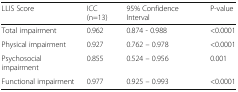
| LLIS Score | ICC (n=13) | 95% Confidence Interval | P-value |
 | --- | --- | --- | --- |
 | Total impairment | 0.962 | 0.874 - 0.988 | <0.0001 |
 | Physical impairment | 0.927 | 0.762 – 0.978 | <0.0001 |
 | Psychosocial impairment | 0.855 | 0.524 – 0.956 | 0.001 |
 | Functional impairment | 0.977 | 0.925 – 0.993 | <0.0001 |